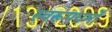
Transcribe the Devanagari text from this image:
स्वरूपधर्मों